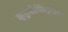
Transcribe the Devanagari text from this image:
क्रूसीफिक्शन